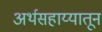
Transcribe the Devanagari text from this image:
अर्थसहाय्यातून